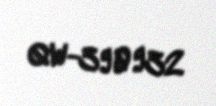
QW-390932